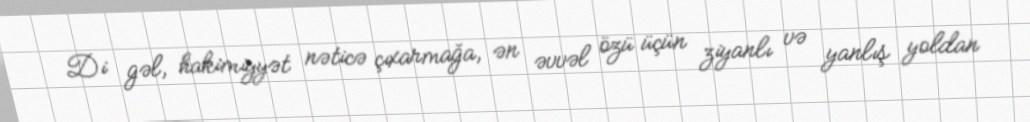
Di gəl, hakimiyyət nəticə çıxarmağa, ən əvvəl özü üçün ziyanlı və yanlış yoldan